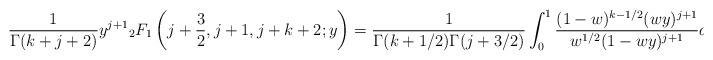
\begin{align*}\frac{1}{\Gamma(k+j+2)} y^{j+1}{}_2F_1\left(j+\frac{3}{2}, j+1, j+k+2; y\right) &= \frac{1}{\Gamma(k+1/2)\Gamma(j+3/2)} \int_0^1\frac{(1-w)^{k-1/2}(wy)^{j+1}}{w^{1/2}(1-wy)^{j+1}}dw.\end{align*}